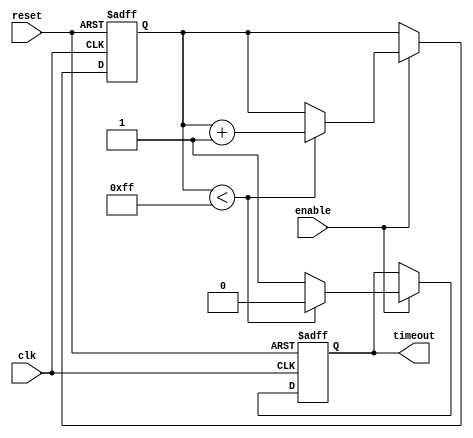
module timeout_counter #(
    parameter MAX_COUNT = 8'd255 // Define the maximum timeout value (can be adjusted)
)(
    input wire clk,                // Clock input
    input wire reset,              // Asynchronous reset input
    input wire enable,             // Enable input
    output reg timeout             // Timeout output signal
);

    reg [7:0] count;               // Counter register (8-bit wide)

    // Asynchronous reset and counting logic
    always @(posedge clk or posedge reset) begin
        if (reset) begin
            count <= 8'd0;         // Reset the counter to zero
            timeout <= 1'b0;       // Reset the timeout signal
        end else if (enable) begin
            if (count < MAX_COUNT) begin
                count <= count + 1; // Increment the counter
                timeout <= 1'b0;     // Clear timeout signal while counting
            end else begin
                timeout <= 1'b1;     // Assert timeout signal when max count is reached
            end
        end
    end

endmodule